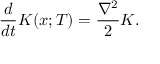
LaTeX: { \frac { d } { d t } } K ( x ; T ) = { \frac { \nabla ^ { 2 } } { 2 } } K .